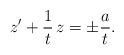
LaTeX: \begin{align*} z' + \frac{1}{t}\, z = \pm \frac{a}{t}.\end{align*}